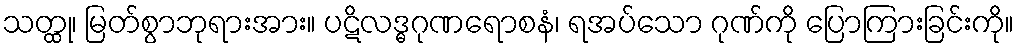
သတ္ထု၊ မြတ်စွာဘုရားအား။ ပဋိလဒ္ဓဂုဏရောစနံ၊ ရအပ်သော ဂုဏ်ကို ပြောကြားခြင်းကို။